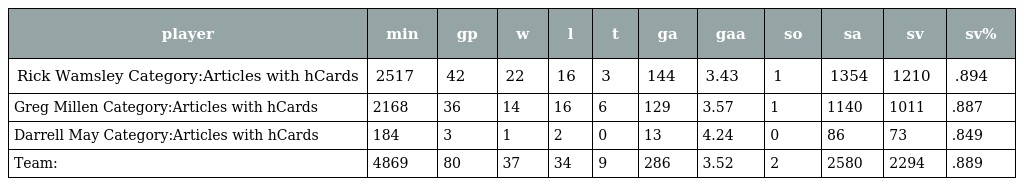
| player | min | gp | w | l | t | ga | gaa | so | sa | sv | sv% |
 | --- | --- | --- | --- | --- | --- | --- | --- | --- | --- | --- | --- |
 | Rick Wamsley Category:Articles with hCards | 2517 | 42 | 22 | 16 | 3 | 144 | 3.43 | 1 | 1354 | 1210 | .894 |
 | Greg Millen Category:Articles with hCards | 2168 | 36 | 14 | 16 | 6 | 129 | 3.57 | 1 | 1140 | 1011 | .887 |
 | Darrell May Category:Articles with hCards | 184 | 3 | 1 | 2 | 0 | 13 | 4.24 | 0 | 86 | 73 | .849 |
 | Team: | 4869 | 80 | 37 | 34 | 9 | 286 | 3.52 | 2 | 2580 | 2294 | .889 |